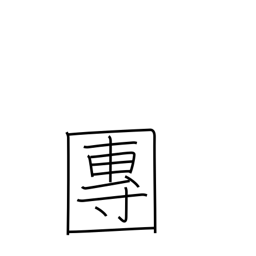
Meaning: association